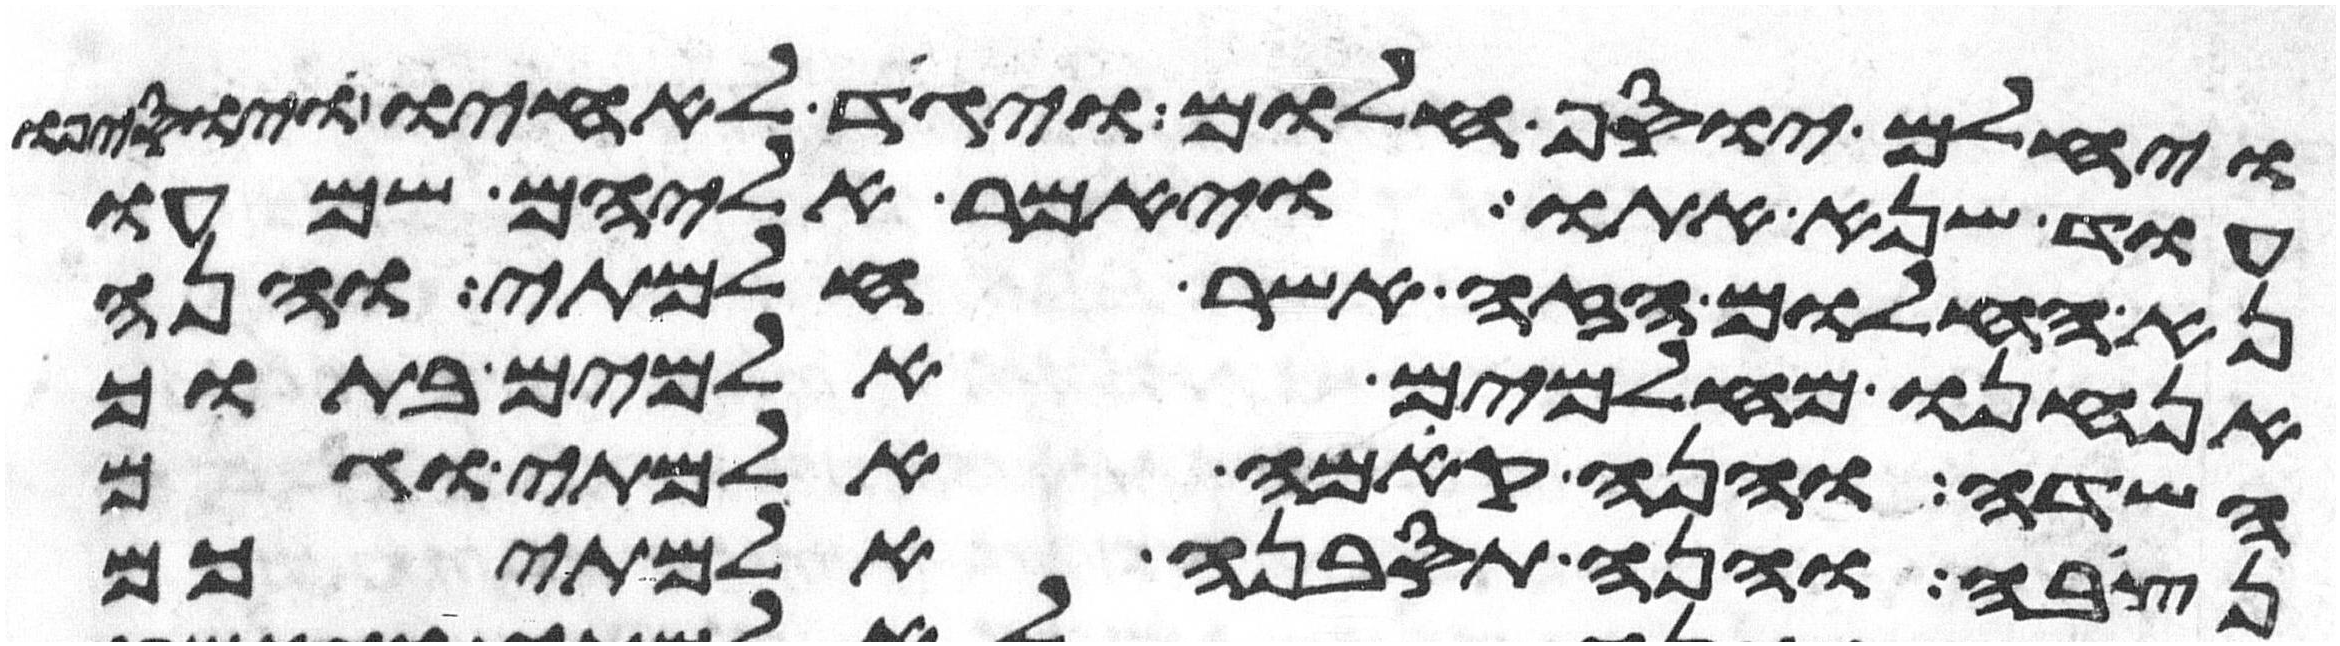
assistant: ויחלם יוסף חלום ויגד לאחיו ויוסיפו
עוד שנא אתו ויאמר אליהם שמעו
נא החלום הזה אשר חלמתי והנה
אנחנו מאלמים אלמים בתוך
השדה והנה קמה אלמתי וגם
נצבה והנה תסבנה אלמתיכם